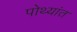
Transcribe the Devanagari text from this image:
पोथ्यांत